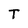
Character: T